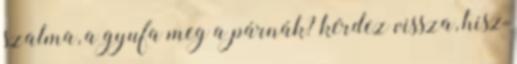
szalma, a gyufa meg a párnák? kérdez vissza, hisz